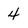
Character: 4